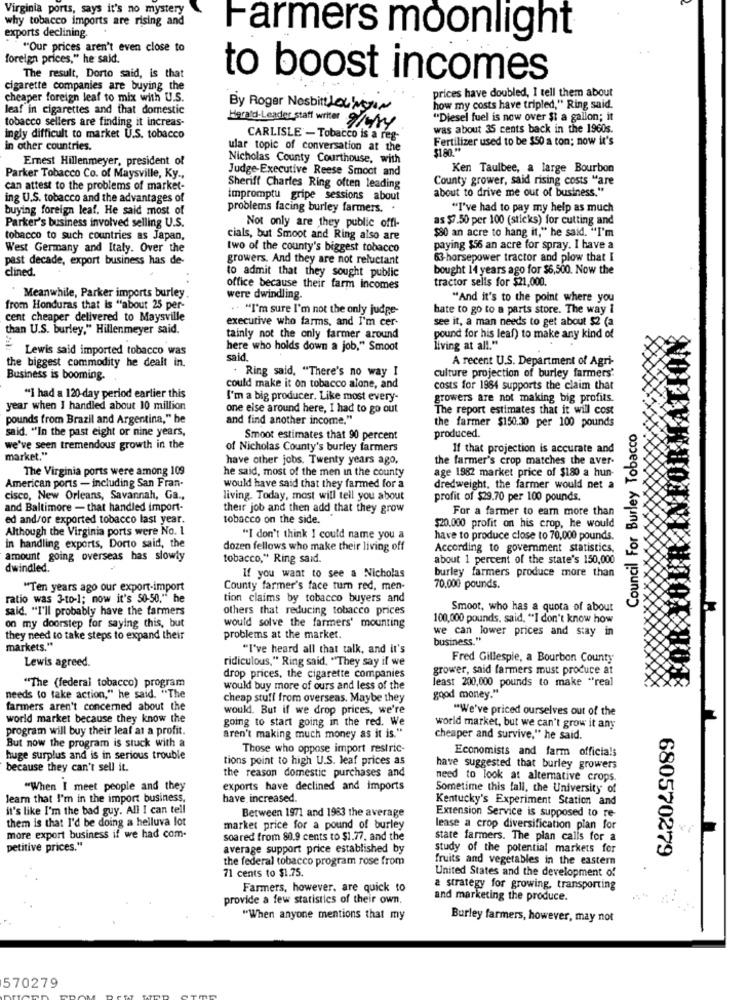
Virginia ports, says it's no mystery
why tobacco imports are rising and
exports declining.
Farmers moonlight
"Our prices aren't even close to
foreign prices," he said.
The result, Dorto said, is that
to boost incomes
cigarette companies are buying the
prices have doubled, I tell them about
cheaper foreign leaf to mix with U.S.
leaf in cigarettes and that domestic
By Roger Nesbit Lelingon
how my costs have tripled," Ring said.
tobacco sellers are finding it increas-
"Diesel fuel is now over $t a gallon; it
Herald-Leader statt writer /fry
was about 35 cents back in the 1960s.
ingly difficult to market U.S. tobacco
CARLISLE - Tobacco is a reg-
Fertilizer used to be $50 a ton; now it's
in other countries.
ular topic of conversation at the
Ernest Hillenmeyer, president of
Nicholas County Courthouse, with
Judge-Executive Reese Smoot and
Ken Taulbee, a large Bourbon
Parker Tobacco Co. of Maysville, Ky .,
County grower, said rising costs "are
can attest to the problems of market-
Sheriff Charles Ring often leading
about to drive me out of business."
ing U.S. tobacco and the advantages of
impromptu gripe sessions about
buying foreign leaf. He said most of
problems facing burley farmers.
.
"I've had to pay my help as much
Parker's business involved selling U.S.
as $7.50 per 100 (sticks) for cutting and
Not only are they public offi-
$80 an acre to hang it," he said. "I'm
tobacco to such countries as Japan,
cials, but Smoot and Ring also are
West Germany and Italy. Over the
two of the county's biggest tobacco
paying $56 an acre for spray. I have a
past decade, export business has de-
growers. And they are not reluctant
63-horsepower tractor and plow that I
clined.
bought 14 years ago for $6,500. Now the
to admit that they sought public
tractor sells for $21,000.
office because their farm incomes
Meanwhile, Parker imports burley.
were dwindling.
"And it's to the point where you
from Honduras that Is "about 25 per-
.. "I'm sure I'm not the only judge-
hate to go to a parts store. The way I
cent cheaper delivered to Maysville
executive who farms, and I'm cer-
see it, a man needs to get about $2 (a
than U.S. burley," Hillenmeyer said.
tainly not the only farmer around
pound for his leaf) to make any kind of
Lewis said imported tobacco was
here who holds down a job," Smoot
living at all."
the biggest commodity he dealt in.
said
A recent U.S. Department of Agri-
. Ring said, "There's no way I
Business is booming.
culture projection of burley farmers'
could make it on tobacco alone, and
costs for 1984 supports the claim that
"I had a 120-day period earlier this
I'm a big producer. Like most every-
growers are not making big profits.
year when I handled about 10 million
one else around here, I had to go out
The report estimates that it will cost
pounds from Brazil and Argentina," he
and find another income."
the farmer $150.30 per 100 pounds
produced.
Council For Burley Tobacco
said. "In the past eight or nine years,
Smoot estimates that 90 percent
we've seen tremendous growth in the
of Nicholas County's burley farmers
If that projection is accurate and
market."
have other jobs. Twenty years ago,
the farmer's crop matches the aver-
The Virginia ports were among 109
he said, most of the men in the county
age 1982 market price of $180 a hun-
American ports - including San Fran-
would have said that they farmed for a
dredweight, the farmer would net a
cisco, New Orleans, Savannah, Ga .,
living. Today, most will tell you about
profit of $29.70 per 100 pounds.
and Baltimore - that handled import-
their job and then add that they grow
For a farmer to earn more than
ed and/or exported tobacco last year.
tobacco on the side.
Although the Virginia ports were No. 1
$20.000 profit on his crop, he would
"I don't think I could name you a
have to produce close to 70,000 pounds.
in handling exports, Dorto said, the
dozen fellows who make their living off
According to government statistics,
amount going overseas has slowly
tobacco," Ring said.
about 1 percent of the state's 150,000
dwindled.
burley farmers produce more than
If you want to see a Nicholas
"Ten years ago our export-import
County farmer's face turn red, men-
70,000 pounds.
ratio was 3-to-1; now it's 50-50," he
tion claims by tobacco buyers and
said. "I'll probably have the farmers
others that reducing tobacco prices
Smoot, who has a quota of about
X
on my doorstep for saying this, but
100,000 pounds, said, "I don't know how
would solve the farmers' mounting
we can lower prices and stay in
they need to take steps to expand their
problems at the market.
business."
markets."
"I've heard all that talk, and it's
ridiculous," Ring said. "They say if we
Fred Gillespie, a Bourbon County
Lewis agreed.
grower, said farmers must produce at
drop prices, the cigarette companies
least 200,000 pounds to make "real
"The (federal tobacco) program
would buy more of ours and less of the
good money."
needs to take action," he said. "The
cheap stuff from overseas. Maybe they
farmers aren't concerned about the
would. But if we drop prices, we're
"We've priced ourselves out of the
world market because they know the
going to start going in the red. We
program will buy their leaf at a profit.
world market, but we can't grow it any
But now the program is stuck with a
aren't making much money as it is."
cheaper and survive," he said.
Those who oppose import restric-
Economists and farm officials
huge surplus and is in serious trouble
tions point to high U.S. leaf prices as
because they can't sell it.
the reason domestic purchases and
have suggested that burley growers
need to look at alternative crops.
"When I meet people and they
exports have declined and imports
Sometime this fall, the University of
learn that I'm in the import business,
have increased.
Kentucky's Experiment Station and
it's like I'm the bad guy. All I can tell
Between 1971 and 1983 the average
Extension Service is supposed to re-
them is that I'd be doing a helluva lot
market price for a pound of burley
lease a crop diversification plan for
more export business if we had com-
soared from 80.9 cents to $1.77, and the
state farmers. The plan calls for a
petitive prices."
average support price established by
study of the potential markets for
680570279
the federal tobacco program rose from
fruits and vegetables in the eastern
71 cents to $1.75.
United States and the development of
Farmers, however, are quick to
a strategy for growing, transporting
provide a few statistics of their own.
and marketing the produce.
"When anyone mentions that my
Burley farmers, however, may not
570279